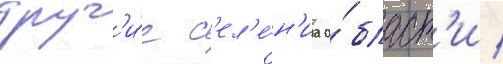
друг'и́е с'ел'е́н'иа о́бласт'и /